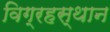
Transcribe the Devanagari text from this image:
विग्रहस्थान